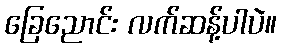
ခြေညောင်း လက်ဆန့်ပါပဲ။